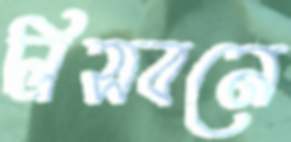
লিসবনে